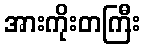
အားကိုးတကြီး